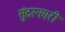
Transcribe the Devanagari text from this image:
सुंदरनगरी